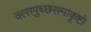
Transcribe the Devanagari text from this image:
वत्सपुच्छसमाकृष्टो